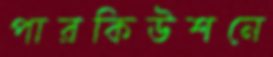
পারকিউশনে